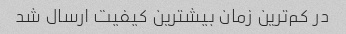
در کم‌ترین زمان بیشترین کیفیت ارسال شد